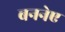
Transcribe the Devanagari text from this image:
बननेए